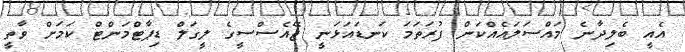
އެއީ ބެލިދާނެ މައްސަލައެއްކަން ފުރަތަމަ ކަނޑައަޅަނީ ޖޭއެސްސީގެ ލީގަލް ޑިޕާޓްމަންޓް ކަމަށް ވާތީ